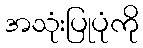
အသုံးပြုပုံကို